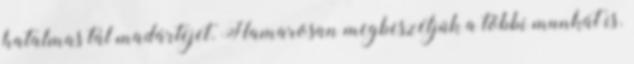
hatalmas tál madártejet. Hamarosan megbeszéljük a többi munkát is.